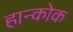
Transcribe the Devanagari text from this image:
हान्कोक